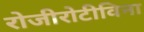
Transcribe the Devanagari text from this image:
रोजीरोटीविना